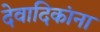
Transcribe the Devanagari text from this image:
देवादिकांना